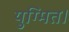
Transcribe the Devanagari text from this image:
युग्मित।